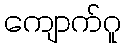
ကျောက်ဂူ